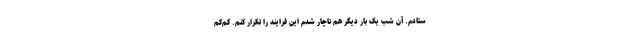
ستادم. آن شب یک بار دیگر هم ناچار شدم این فرایند را تکرار کنم. کم‌کم